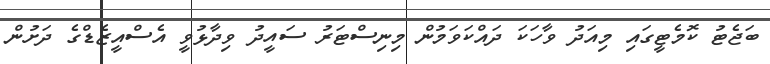
ބަޖެޓު ކޮމެޓީގައި މިއަދު ވާހަކަ ދައްކަވަމުން މިނިސްޓަރު ސައީދު ވިދާޅުވީ އެސްއީޒެޑްގެ ދަށުން